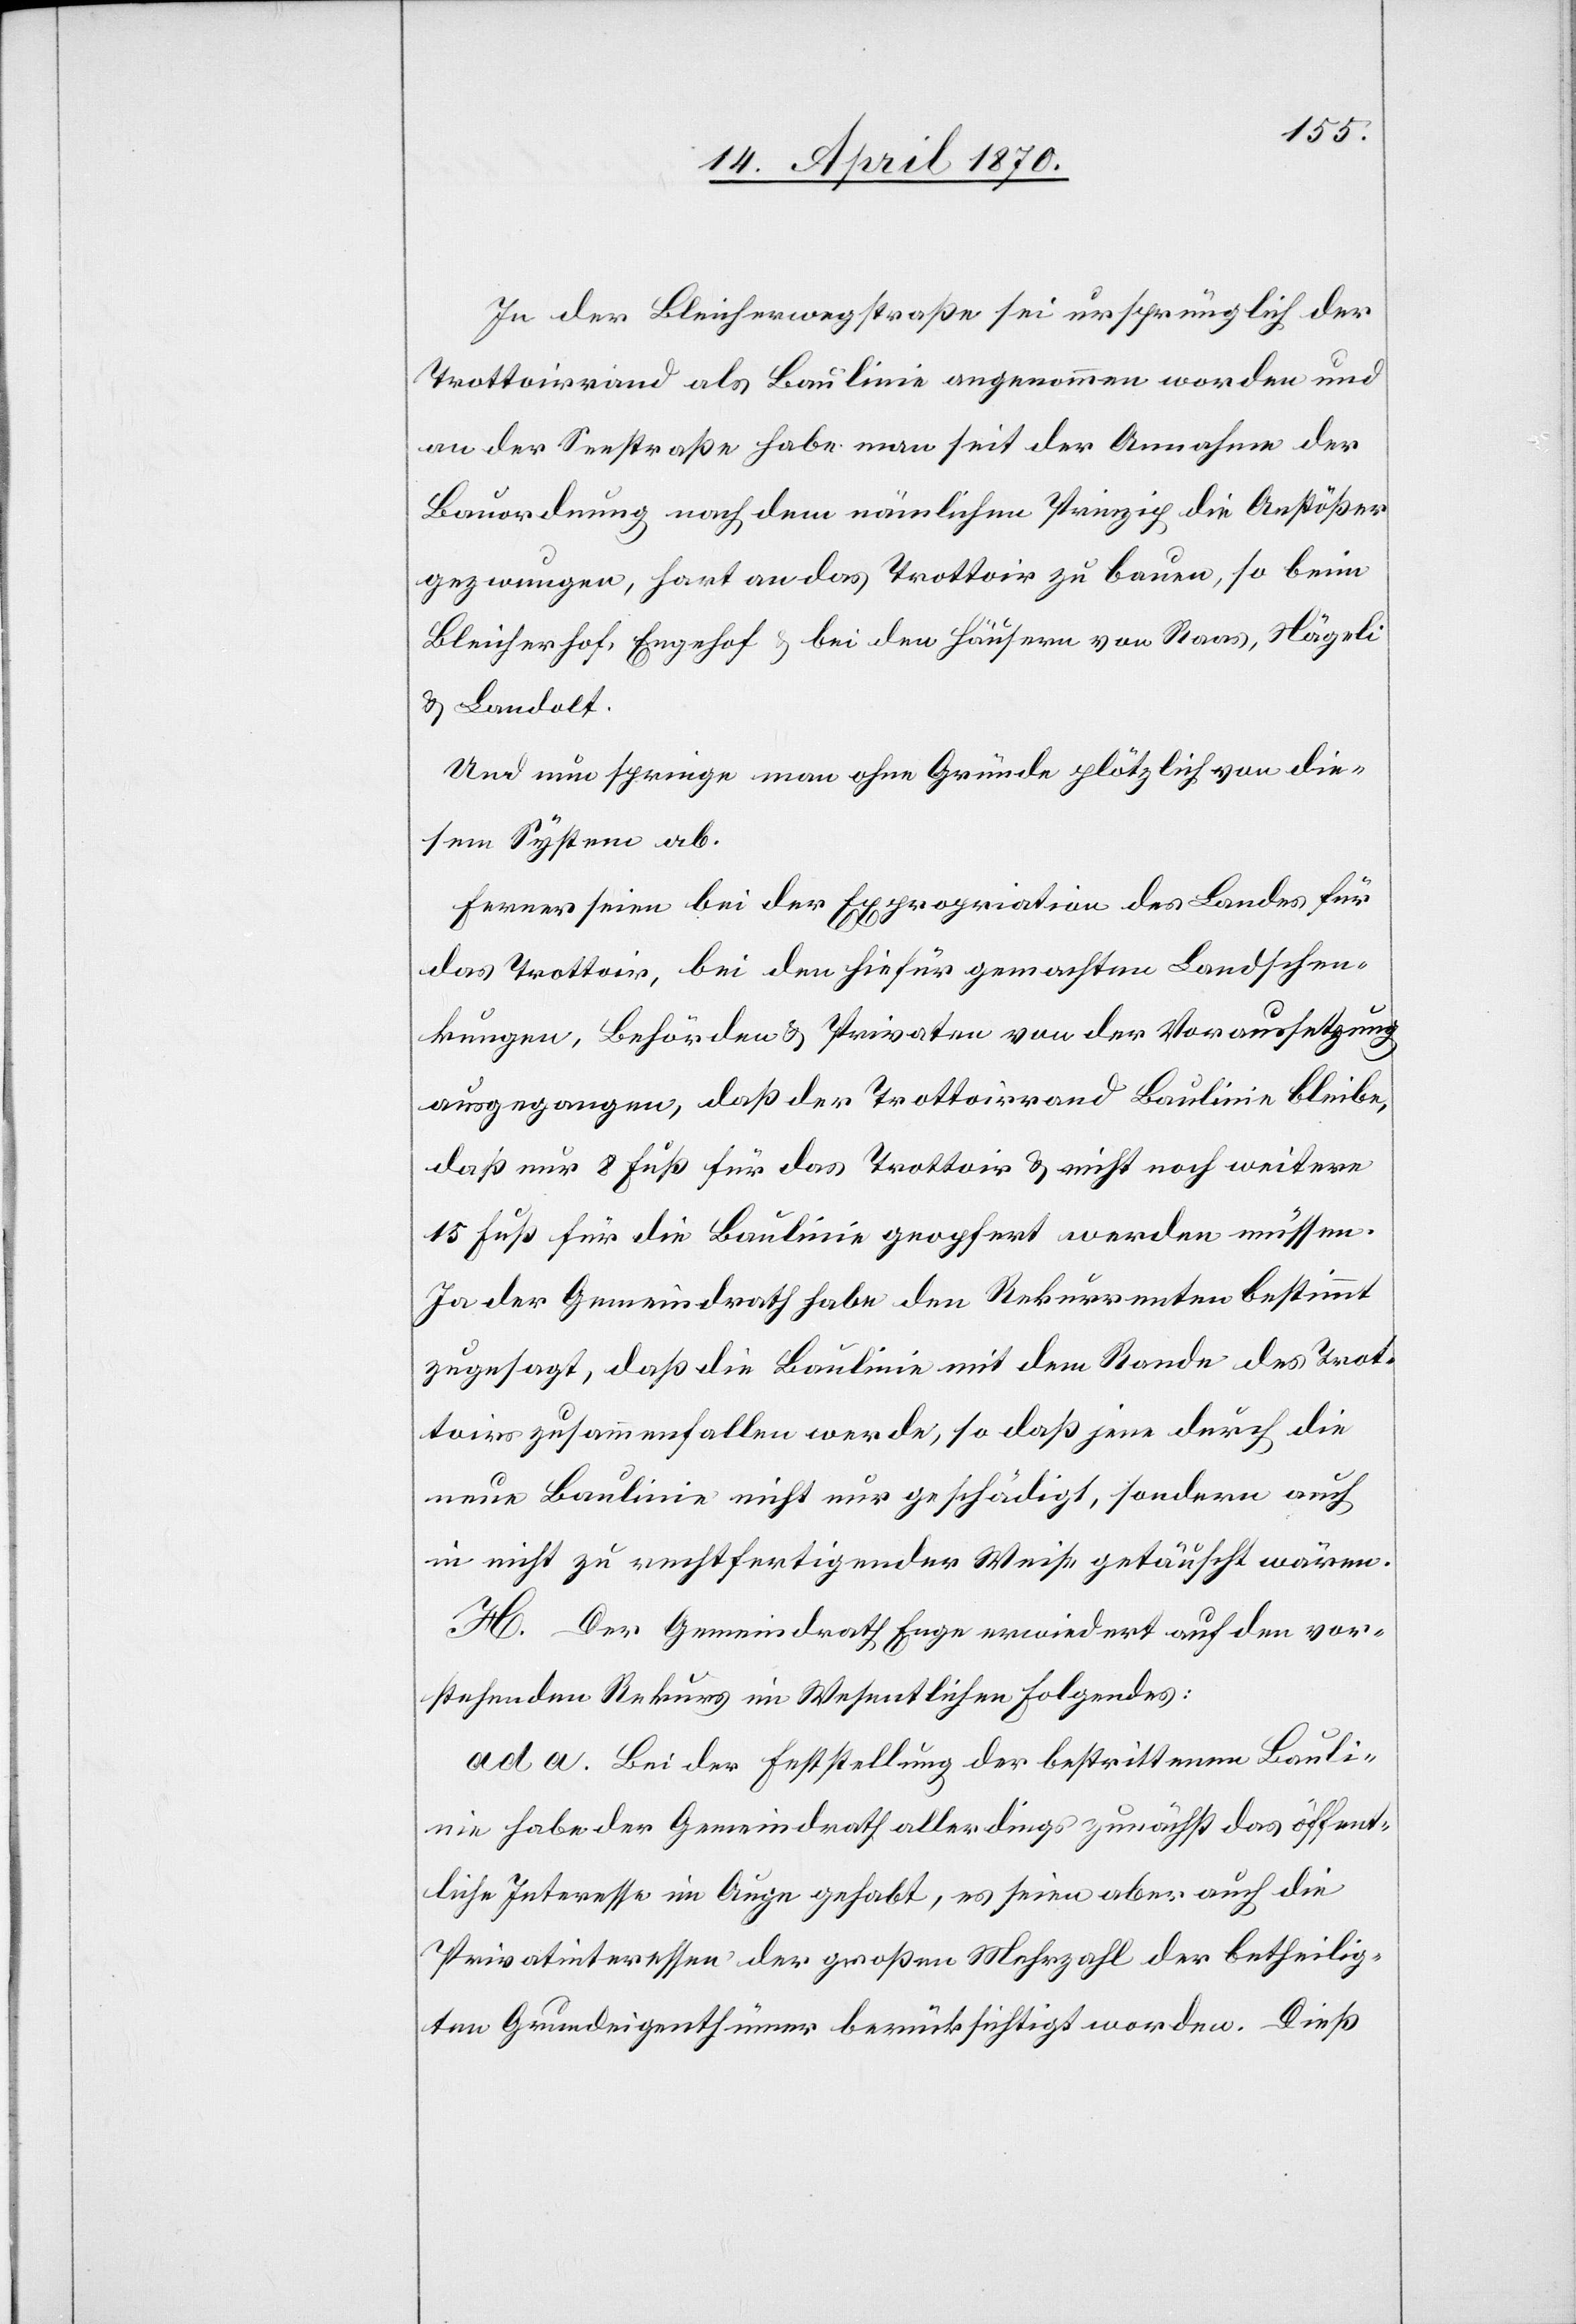
In der Bleicherwegstraße sei ursprünglich der
Trottoirrand als Baulinie angenommen worden und
an der Seestraße habe man seit der Annahme der
Bauordnung nach dem nämlichen Prinzip die Anstößer
gezwungen, hart an das Trottoir zu bauen, so beim
Bleicherhof, Engehof & bei den Häusern von Raas, Nägeli
& Landolt.
Und nun springe man ohne Gründe plötzlich von die¬
sem System ab.
Ferner seien bei der Expropriation des Landes für
das Trottoir, bei den hiefür gemachten Landschen¬
kungen, Behörden & Privaten [sic!] von der Voraussetzung
ausgegangen, daß der Trottoirrand Baulinie bleibe,
daß nur 8 Fuß für das Trottoir & nicht noch weitere
15 Fuß für die Baulinie geopfert werden müssen.
Ja der Gemeindrath habe den Rekurrenten bestimmt
zugesagt, daß die Baulinie mit dem Rande des Trot¬
toirs zusammenfallen werde, so daß jene durch die
neue Baulinie nicht nur geschädigt, sondern auch
in nicht zu rechtfertigender Weise getäuscht wären.
H. Der Gemeindrath Enge erwiedert auf den vor¬
stehenden Rekurs im Wesentlichen Folgendes:
ad a. Bei der Feststellung der bestrittenen Bauli¬
nie habe der Gemeindrath allerdings zunächst das öffent¬
liche Interesse im Auge gehabt, es seien aber auch die
Privatinteressen der großen Mehrzahl der betheilig¬
ten Grundeigenthümer berücksichtigt worden. Dieß